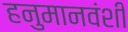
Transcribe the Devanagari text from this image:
हनुमानवंशी